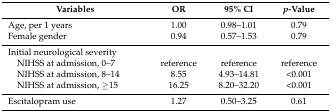
| Variables | OR | 95% CI | p-Value |
 | --- | --- | --- | --- |
 | Age, per 1 years | 1.00 | 0.98–1.01 | 0.79 |
 | Female gender | 0.94 | 0.57–1.53 | 0.79 |
 | Initial neurological severity |  |  |  |
 | NIHSS at admission, 0–7 | reference | reference | reference |
 | NIHSS at admission, 8–14 | 8.55 | 4.93–14.81 | <0.001 |
 | NIHSS at admission, ≥15 | 16.25 | 8.20–32.20 | <0.001 |
 | Escitalopram use | 1.27 | 0.50–3.25 | 0.61 |